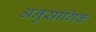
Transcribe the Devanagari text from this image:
अनुसांगिक